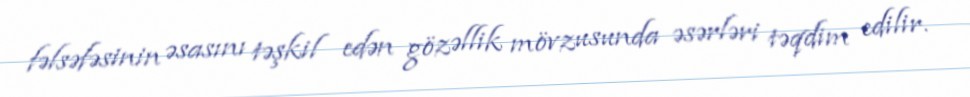
fəlsəfəsinin əsasını təşkil edən gözəllik mövzusunda əsərləri təqdim edilir.